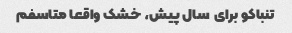
تنباکو برای  سال پیش، خشک واقعا متاسفم